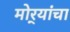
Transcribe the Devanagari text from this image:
मोर्‍यांचा